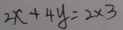
2 x + 4 y = 2 \times 3